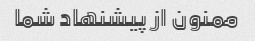
ممنون از پیشنهاد شما